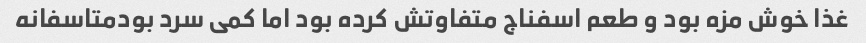
غذا خوش مزه بود و طعم اسفناج متفاوتش کرده بود اما کمی سرد بودمتاسفانه